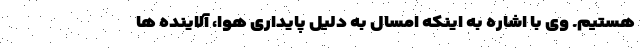
هستیم. وی با اشاره به اینکه امسال به دلیل پایداری هوا، آلاینده ها